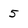
Character: 5